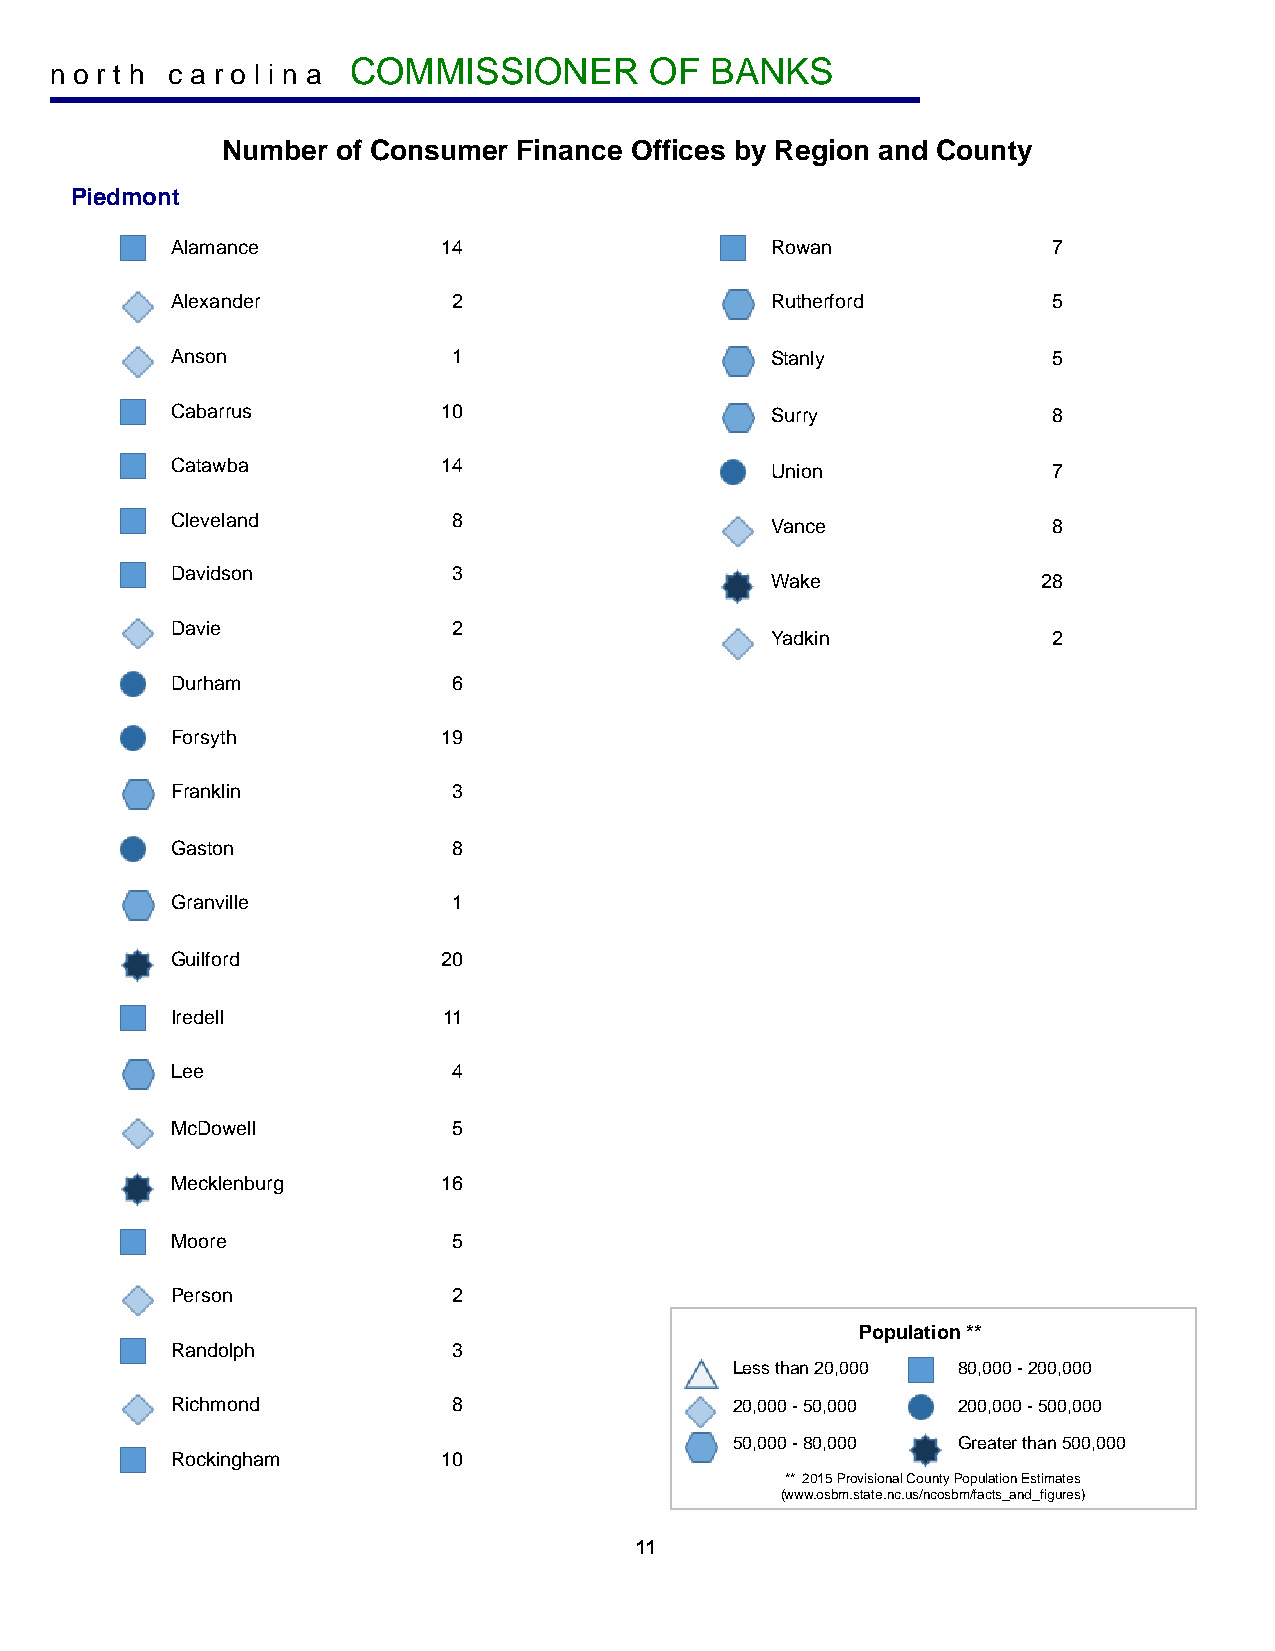
COMMISSIONER        OF  BANKS
 n o r t h c a r o l i n a
 Number of Consumer Finance Offices by Region and County
 Piedmont
 Alamance          14                    Rowan              7
 Alexander          2                    Rutherford         5
 Anson              1                    Stanly             5
 Cabarrus          10                    Surry              8
 Catawba           14                    Union              7
 Cleveland          8                    Vance              8
 Davidson           3
 Wake              28
 Davie              2
 Yadkin             2
 Durham             6
 Forsyth           19
 Franklin           3
 Gaston             8
 Granville          1
 Guilford          20
 Iredell           11
 Lee                4
 McDowell           5
 Mecklenburg       16
 Moore              5
 Person             2
 Population **
 Randolph           3
 Less than 20,000 80,000 - 200,000
 Richmond           8                  20,000 - 50,000 200,000 - 500,000
 50,000 - 80,000 Greater than 500,000
 Rockingham        10
 ** 2015 Provisional County Population Estimates
 (www.osbm.state.nc.us/ncosbm/facts_and_figures)
 11